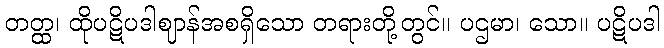
တတ္ထ၊ ထိုပဋိပဒါဈာန်အစရှိသော တရားတို့တွင်။ ပဌမာ၊ သော။ ပဋိပဒါ